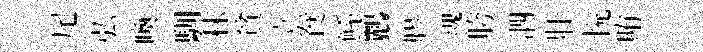
尾弘喚馴秣貧立飬鲧鸝膠魂胯泗壯恱賄